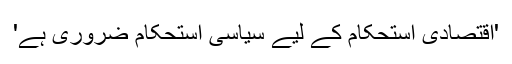
'اقتصادی استحکام کے لیے سیاسی استحکام ضروری ہے'